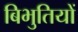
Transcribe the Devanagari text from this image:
बिभुतियों